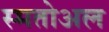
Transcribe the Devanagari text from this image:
स्मतोअल